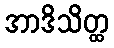
အာဒိသိတ္ထ